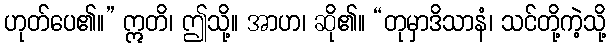
ဟုတ်ပေ၏။” ဣတိ၊ ဤသို့။ အာဟ၊ ဆို၏။ “တုမှာဒိသာနံ၊ သင်တို့ကဲ့သို့